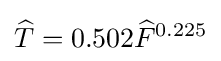
{\widehat {T}}=0.502{\widehat {F}}^{0.225}